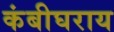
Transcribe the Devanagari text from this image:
कंबीघराय